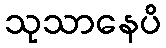
သုသာနေပိ